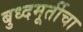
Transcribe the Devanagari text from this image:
बुध्दमूर्तीचा